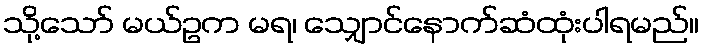
သို့သော် မယ်ဥက မရ၊ သျှောင်နောက်ဆံထုံးပါရမည်။